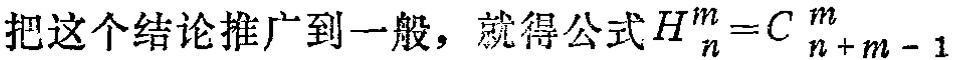
把这个结论推广到一般，就得公式\(H_{n}^{m}=C_{n + m - 1}^{m}\)